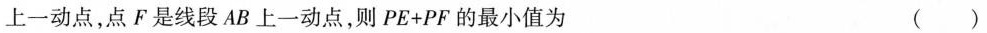
上一动点，点F是线段AB上一动点，则$$ PE + PF $$的最小值为 ()